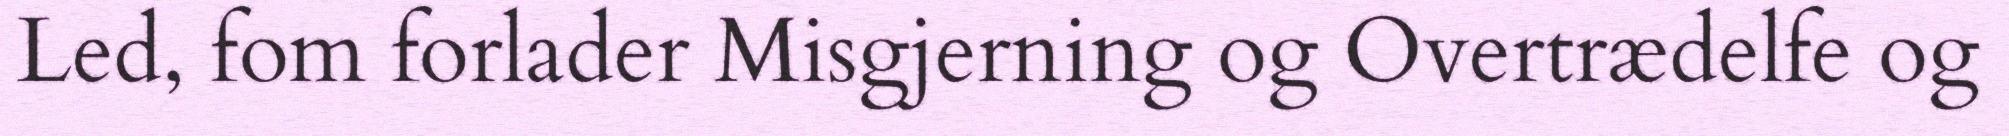
Led, fom forlader Misgjerning og Overtrædelfe og